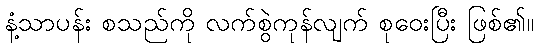
နံ့သာပန်း စသည်ကို လက်စွဲကုန်လျက် စုဝေးပြီး ဖြစ်၏။